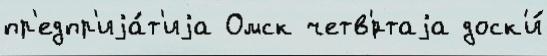
пр'едпр'иjа́т'иjа Омск четв'́ртаjа доск'и́